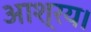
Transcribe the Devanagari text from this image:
आश्रय।